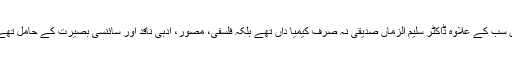
ان سب کے علاوہ ڈاکٹر سلیم الزماں صدیقی نہ صرف کیمیا داں تھے بلکہ فلسفی، مصور، ادبی ناقد اور سائنسی بصیرت کے حامل تھے۔